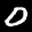
Label: 0